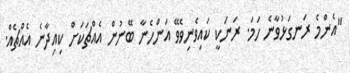
"އެންމެ ރަނގަޅުވާނެ ހަމަ. ރަނަކީ ކައިވެނިވެވޭ އަންހެނާ ބޭނުން އެއްޗަކަށް ކިއިދާނެ އެއްޗެއް.